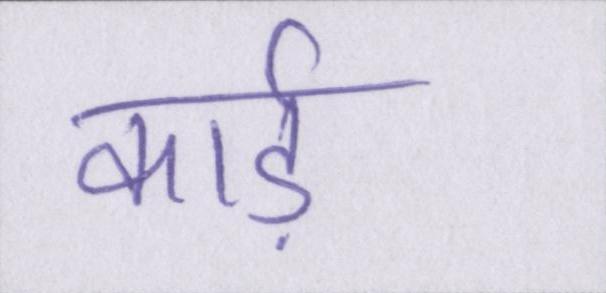
कार्ड़